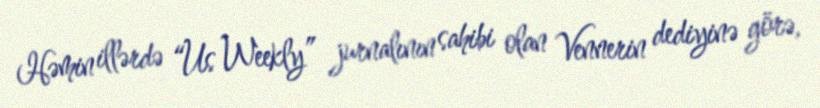
Həmin illərdə “Us Weekly” jurnalının sahibi olan Vennerin dediyinə görə,